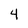
Character: 4